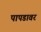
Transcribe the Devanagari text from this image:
पापडावर